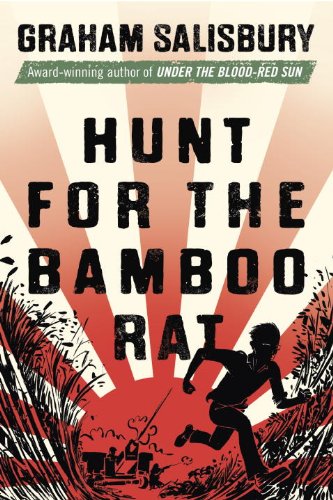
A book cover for Hunt for the Bamboo Rat (Prisoners of the Empire); Graham Salisbury; Teen & Young Adult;